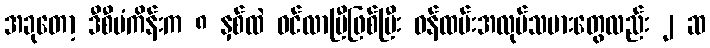
အခုတော့ ဒီစီမံကိန်းက ၈ နှစ်ထဲ ဝင်လာပြီဖြစ်ပြီး ဝန်ထမ်းအလုပ်သမားတွေလည်း ၂ ဆ